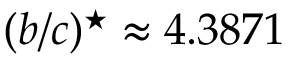
( b / c ) ^ { \star } \approx 4 . 3 8 7 1